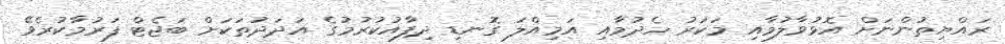
ރައްޔިތުންނަށް އޮޅުވާލުމާއި މަކަރު ހެދުމާއި އަމިއްލަ ގޮނޑި ދިފާއުކުރުމުގެ އަދަދުތަކަށް ބަޖެޓް ފަރުމާކުރެވޭ